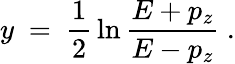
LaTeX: y\ =\ {\frac{1}{2}}\ln{\frac{E+p_{z}}{E-p_{z}}}\ .